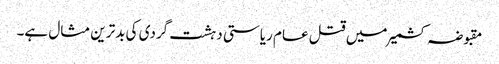
مقبوضہ کشمیر میں قتل عام ریاستی دہشت گردی کی بدترین مثال ہے۔